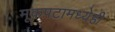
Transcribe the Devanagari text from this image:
मूकपटामध्येही